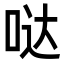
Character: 哒